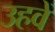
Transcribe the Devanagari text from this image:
उहवें